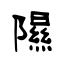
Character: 隰